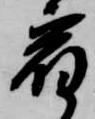
宿